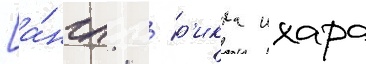
[а́нгл. / р'икка ихара